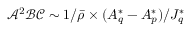
\mathcal { A } ^ { 2 } \mathcal { B } \mathcal { C } \sim 1 / \bar { \rho } \times ( A _ { q } ^ { * } - A _ { p } ^ { * } ) / J _ { q } ^ { * }